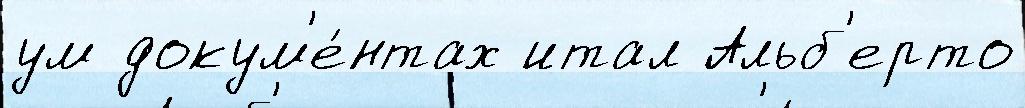
ум докум'е́нтах итал Альб'ерто